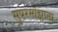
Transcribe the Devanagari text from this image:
सुपरमांझाना